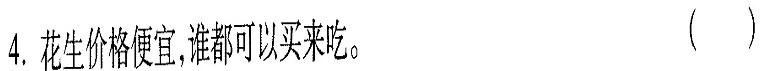
4.花生价格便宜。谁都可以买来吃（）